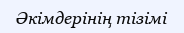
Әкімдерінің тізімі